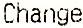
CHANGE